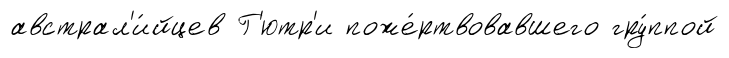
австрал'и́йцев Г'ютр'и поже́ртвовавшего гру́ппой